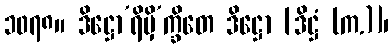
၁၀၇၈။ ဒိဋ္ဌော’ရိမှိ’က္ခိတေ ဒိဋ္ဌော [ဒိဋ္ဌံ (က.)]၊